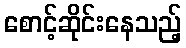
စောင့်ဆိုင်းနေသည့်